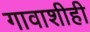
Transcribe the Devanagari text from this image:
गावाशीही